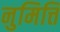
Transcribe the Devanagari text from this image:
नुमित्ति